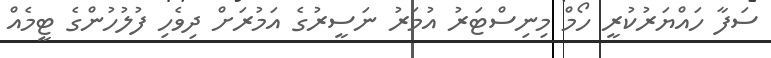
ސަފާ ހައްޔަރުކުރީ ހޯމް މިނިސްޓަރު އުމަރު ނަސީރުގެ އަމުރަށް ދިވެހި ފުލުހުންގެ ޓީމެއް